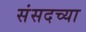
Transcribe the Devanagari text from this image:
संसदच्या